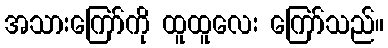
အသားကြော်ကို ထူထူလေး ကြော်သည်။